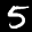
Label: 5